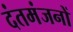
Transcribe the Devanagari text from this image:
दंतमंजनों